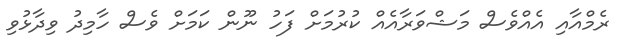
ރެމްއާއި އެއްވެސް މަޝްވަރާއެއް ކުރުމަށް ފަހު ނޫން ކަމަށް ވެސް ހާމިދު ވިދާޅުވި